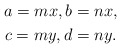
\begin{gather*} a=mx,b=nx,\\ c=my,d=ny. \end{gather*}